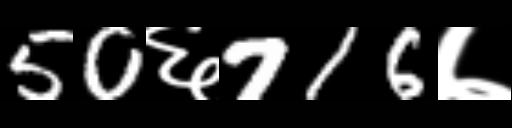
Text: 50६716७